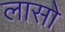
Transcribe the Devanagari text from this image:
लासो